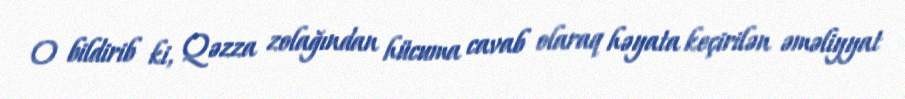
O bildirib ki, Qəzza zolağından hücuma cavab olaraq həyata keçirilən əməliyyat